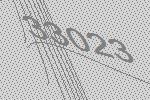
33023